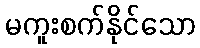
မကူးစက်နိုင်သော